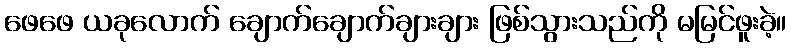
ဖေဖေ ယခုလောက် ချောက်ချောက်ချားချား ဖြစ်သွားသည်ကို မမြင်ဖူးခဲ့။